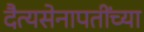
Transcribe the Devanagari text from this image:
दैत्यसेनापतींच्या